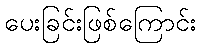
ပေးခြင်းဖြစ်ကြောင်း